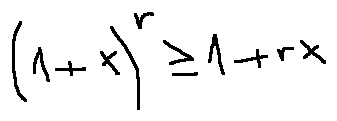
( 1 + x ) ^ { r } \geq 1 + r x